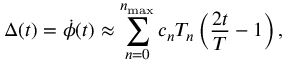
\Delta ( t ) = \dot { \phi } ( t ) \approx \sum _ { n = 0 } ^ { n _ { \mathrm { m a x } } } c _ { n } T _ { n } \left( \frac { 2 t } { T } - 1 \right) ,